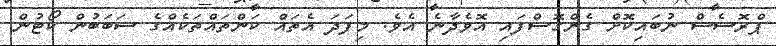
ޕްރޮސެސް ނުބައިކޮށް ގެންގޮސްފައި އޮވެދާނެ އެވެ. މިފަދަ އެތައް ކަންތައްތަކެއްގެ ސަބަބުން ކޯޓުން